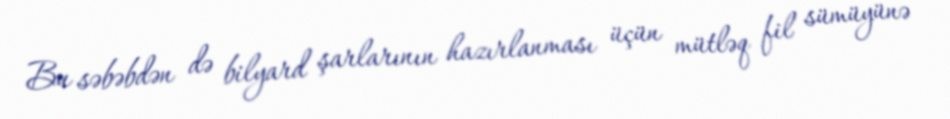
Bu səbəbdən də bilyard şarlarının hazırlanması üçün mütləq fil sümüyünə